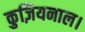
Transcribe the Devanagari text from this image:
कुज़ियनाल।